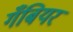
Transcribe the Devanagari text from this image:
गँबियर